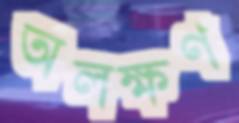
অলক্ষণ